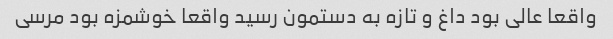
واقعا عالی بود داغ و تازه به دستمون رسید واقعا خوشمزه بود مرسی